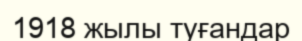
1918 жылы туғандар